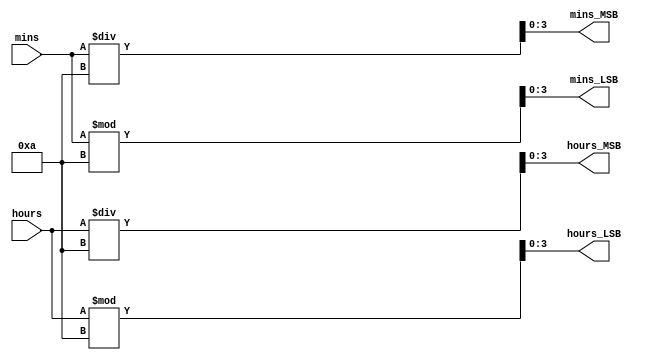
`timescale 1ns / 1ps
//////////////////////////////////////////////////////////////////////////////////
// Company: 
// Engineer: 
// 
// Design Name: 
// Module Name: binarytoBCD
// Project Name: 
// Target Devices: 
// Tool Versions: 
// Description: 
// 
// Dependencies: 
// 
// Revision:
// Revision 0.01 - File Created
// Additional Comments:
// 
//////////////////////////////////////////////////////////////////////////////////


module binarytoBCD(
    input [5:0] mins, 
    input [4:0] hours, 
    output reg [3:0] hours_LSB=4'd0,
    output reg [3:0] mins_LSB=4'd0,
    output reg [3:0] hours_MSB=4'd0,
    output reg [3:0] mins_MSB=4'd0
    );
    


	
    always @(*) 
    begin
	 
	 
	 hours_MSB<=hours/10;
	 mins_MSB<=mins/10;
    
	
	 hours_LSB<=hours%10;
	 mins_LSB<=mins%10;
	 end
    endmodule